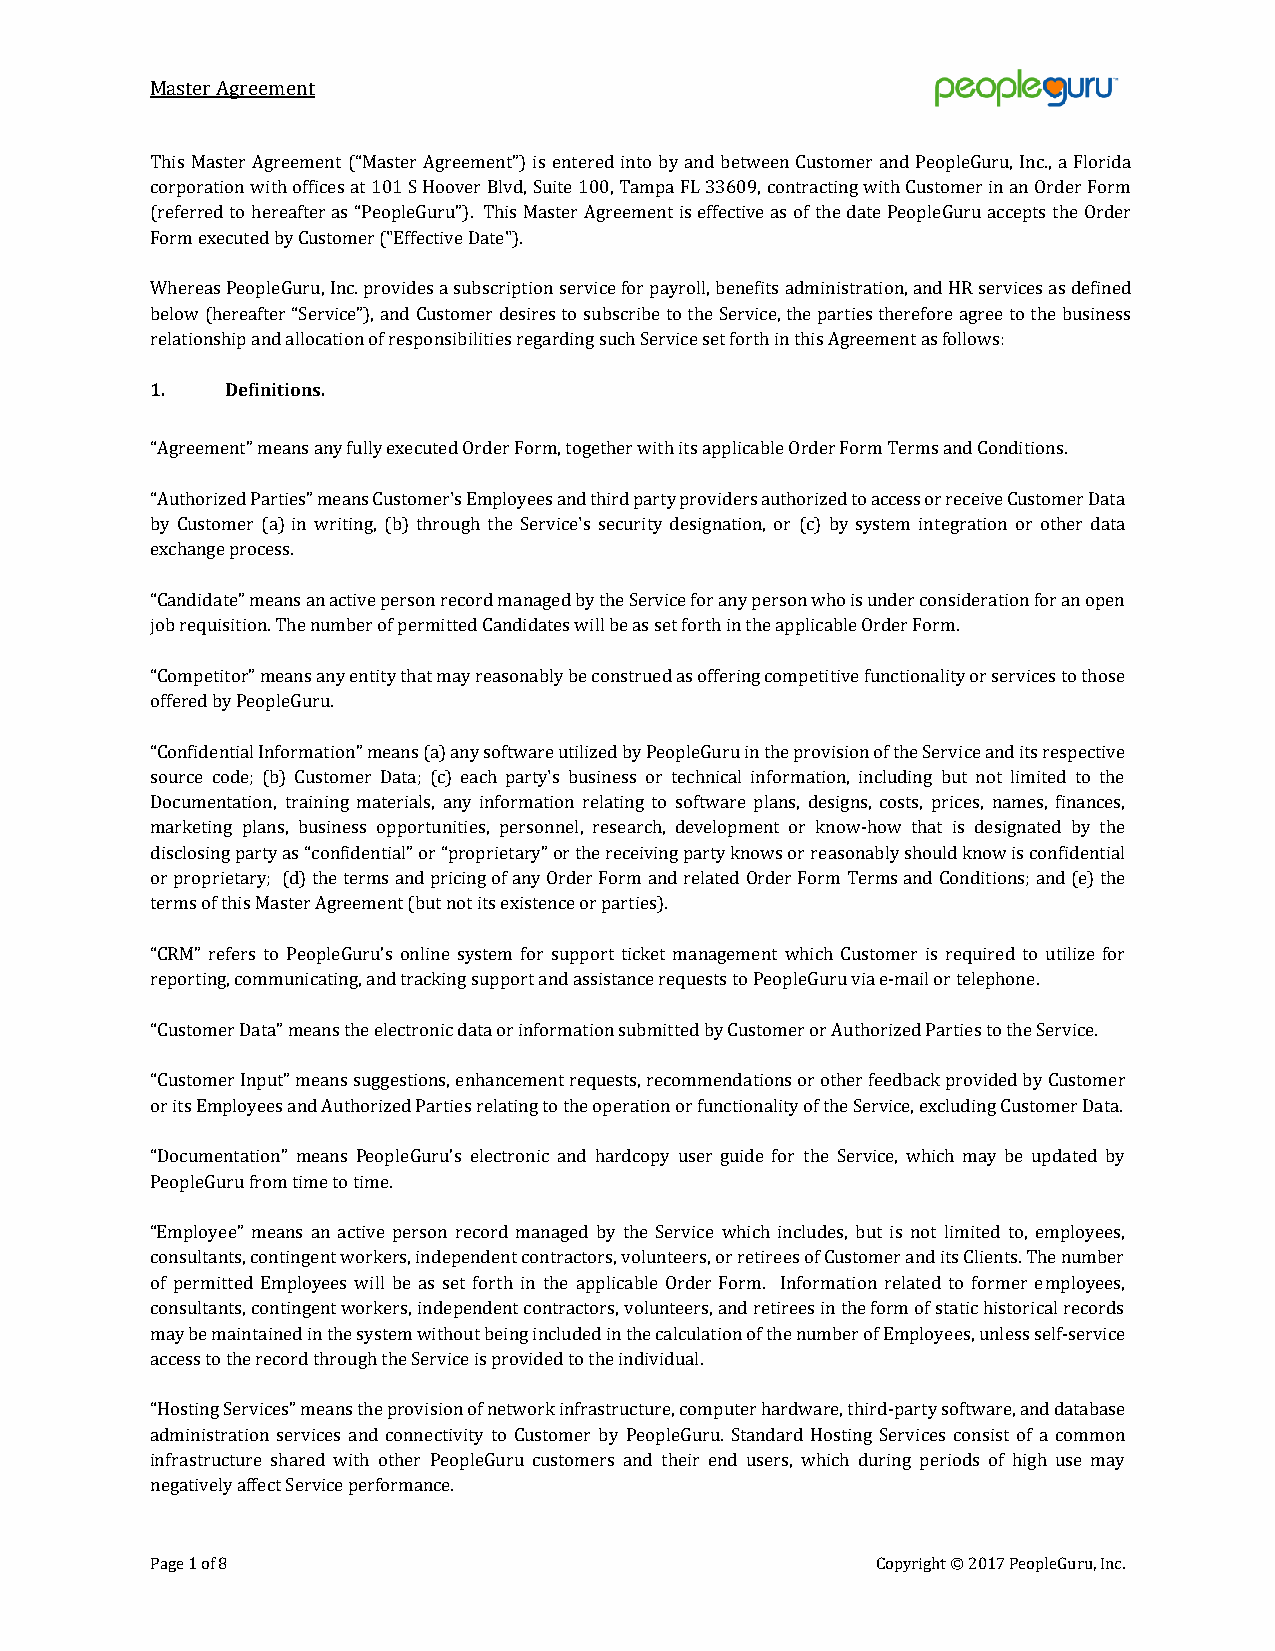
Master Agreement
 This Master Agreement (“Master Agreement”) is entered into by and between Customer and PeopleGuru, Inc., a Florida
 corporation with offices at 101 S Hoover Blvd, Suite 100, Tampa FL 33609, contracting with Customer in an Order Form
 (referred to hereafter as “PeopleGuru”). This Master Agreement is effective as of the date PeopleGuru accepts the Order
 Form executed by Customer ("Effective Date").
 Whereas PeopleGuru, Inc. provides a subscription service for payroll, benefits administration, and HR services as defined
 below (hereafter “Service”), and Customer desires to subscribe to the Service, the parties therefore agree to the business
 relationship and allocation of responsibilities regarding such Service set forth in this Agreement as follows:
 1.   Definitions.
 “Agreement” means any fully executed Order Form, together with its applicable Order Form Terms and Conditions.
 “Authorized Parties” means Customer's Employees and third party providers authorized to access or receive Customer Data
 by Customer (a) in writing, (b) through the Service's security designation, or (c) by system integration or other data
 exchange process.
 “Candidate” means an active person record managed by the Service for any person who is under consideration for an open
 job requisition. The number of permitted Candidates will be as set forth in the applicable Order Form.
 “Competitor” means any entity that may reasonably be construed as offering competitive functionality or services to those
 offered by PeopleGuru.
 “Confidential Information” means (a) any software utilized by PeopleGuru in the provision of the Service and its respective
 source code; (b) Customer Data; (c) each party's business or technical information, including but not limited to the
 Documentation, training materials, any information relating to software plans, designs, costs, prices, names, finances,
 marketing plans, business opportunities, personnel, research, development or know-how that is designated by the
 disclosing party as “confidential” or “proprietary” or the receiving party knows or reasonably should know is confidential
 or proprietary; (d) the terms and pricing of any Order Form and related Order Form Terms and Conditions; and (e) the
 terms of this Master Agreement (but not its existence or parties).
 “CRM” refers to PeopleGuru’s online system for support ticket management which Customer is required to utilize for
 reporting, communicating, and tracking support and assistance requests to PeopleGuru via e-mail or telephone.
 “Customer Data” means the electronic data or information submitted by Customer or Authorized Parties to the Service.
 “Customer Input” means suggestions, enhancement requests, recommendations or other feedback provided by Customer
 or its Employees and Authorized Parties relating to the operation or functionality of the Service, excluding Customer Data.
 “Documentation” means PeopleGuru’s electronic and hardcopy user guide for the Service, which may be updated by
 PeopleGuru from time to time.
 “Employee” means an active person record managed by the Service which includes, but is not limited to, employees,
 consultants, contingent workers, independent contractors, volunteers, or retirees of Customer and its Clients. The number
 of permitted Employees will be as set forth in the applicable Order Form. Information related to former employees,
 consultants, contingent workers, independent contractors, volunteers, and retirees in the form of static historical records
 may be maintained in the system without being included in the calculation of the number of Employees, unless self-service
 access to the record through the Service is provided to the individual.
 “Hosting Services” means the provision of network infrastructure, computer hardware, third-party software, and database
 administration services and connectivity to Customer by PeopleGuru. Standard Hosting Services consist of a common
 infrastructure shared with other PeopleGuru customers and their end users, which during periods of high use may
 negatively affect Service performance.
 Page 1 of 8                                     Copyright © 2017 PeopleGuru, Inc.